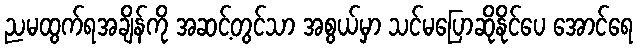
ညမထွက်ရအချိန်ကို အဆင့်တွင်သာ အစွယ်မှာ သင်မပြောဆိုနိုင်ပေ အောင်ရေ